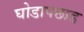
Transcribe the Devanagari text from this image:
घोडापछाड